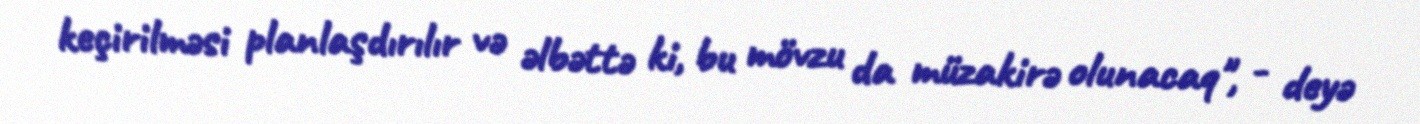
keçirilməsi planlaşdırılır və əlbəttə ki, bu mövzu da müzakirə olunacaq", - deyə